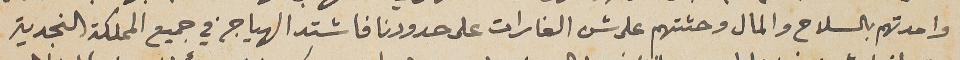
وامدتهم بالسلاح والمال وحثتهم على شن الغارات على حدودنا فاشتد الهياج في جميع المملكة النجدية